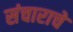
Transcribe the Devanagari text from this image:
संचाराचे